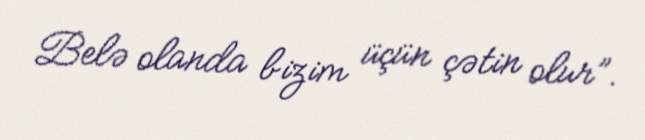
Belə olanda bizim üçün çətin olur”.